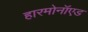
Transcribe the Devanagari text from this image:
हारमोनॉएड